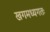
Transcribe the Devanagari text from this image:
खगमध्यगतः